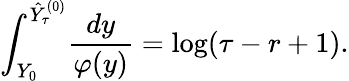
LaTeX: \int_{Y_{0}}^{\hat{Y}_{\tau}^{(0)}}\! \frac{dy}{\varphi(y)}=\log(\tau-r+1).